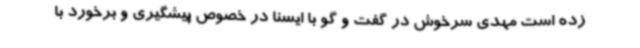
زده است مهدی سرخوش در گفت و گو با ایسنا در خصوص پیشگیری و برخورد با